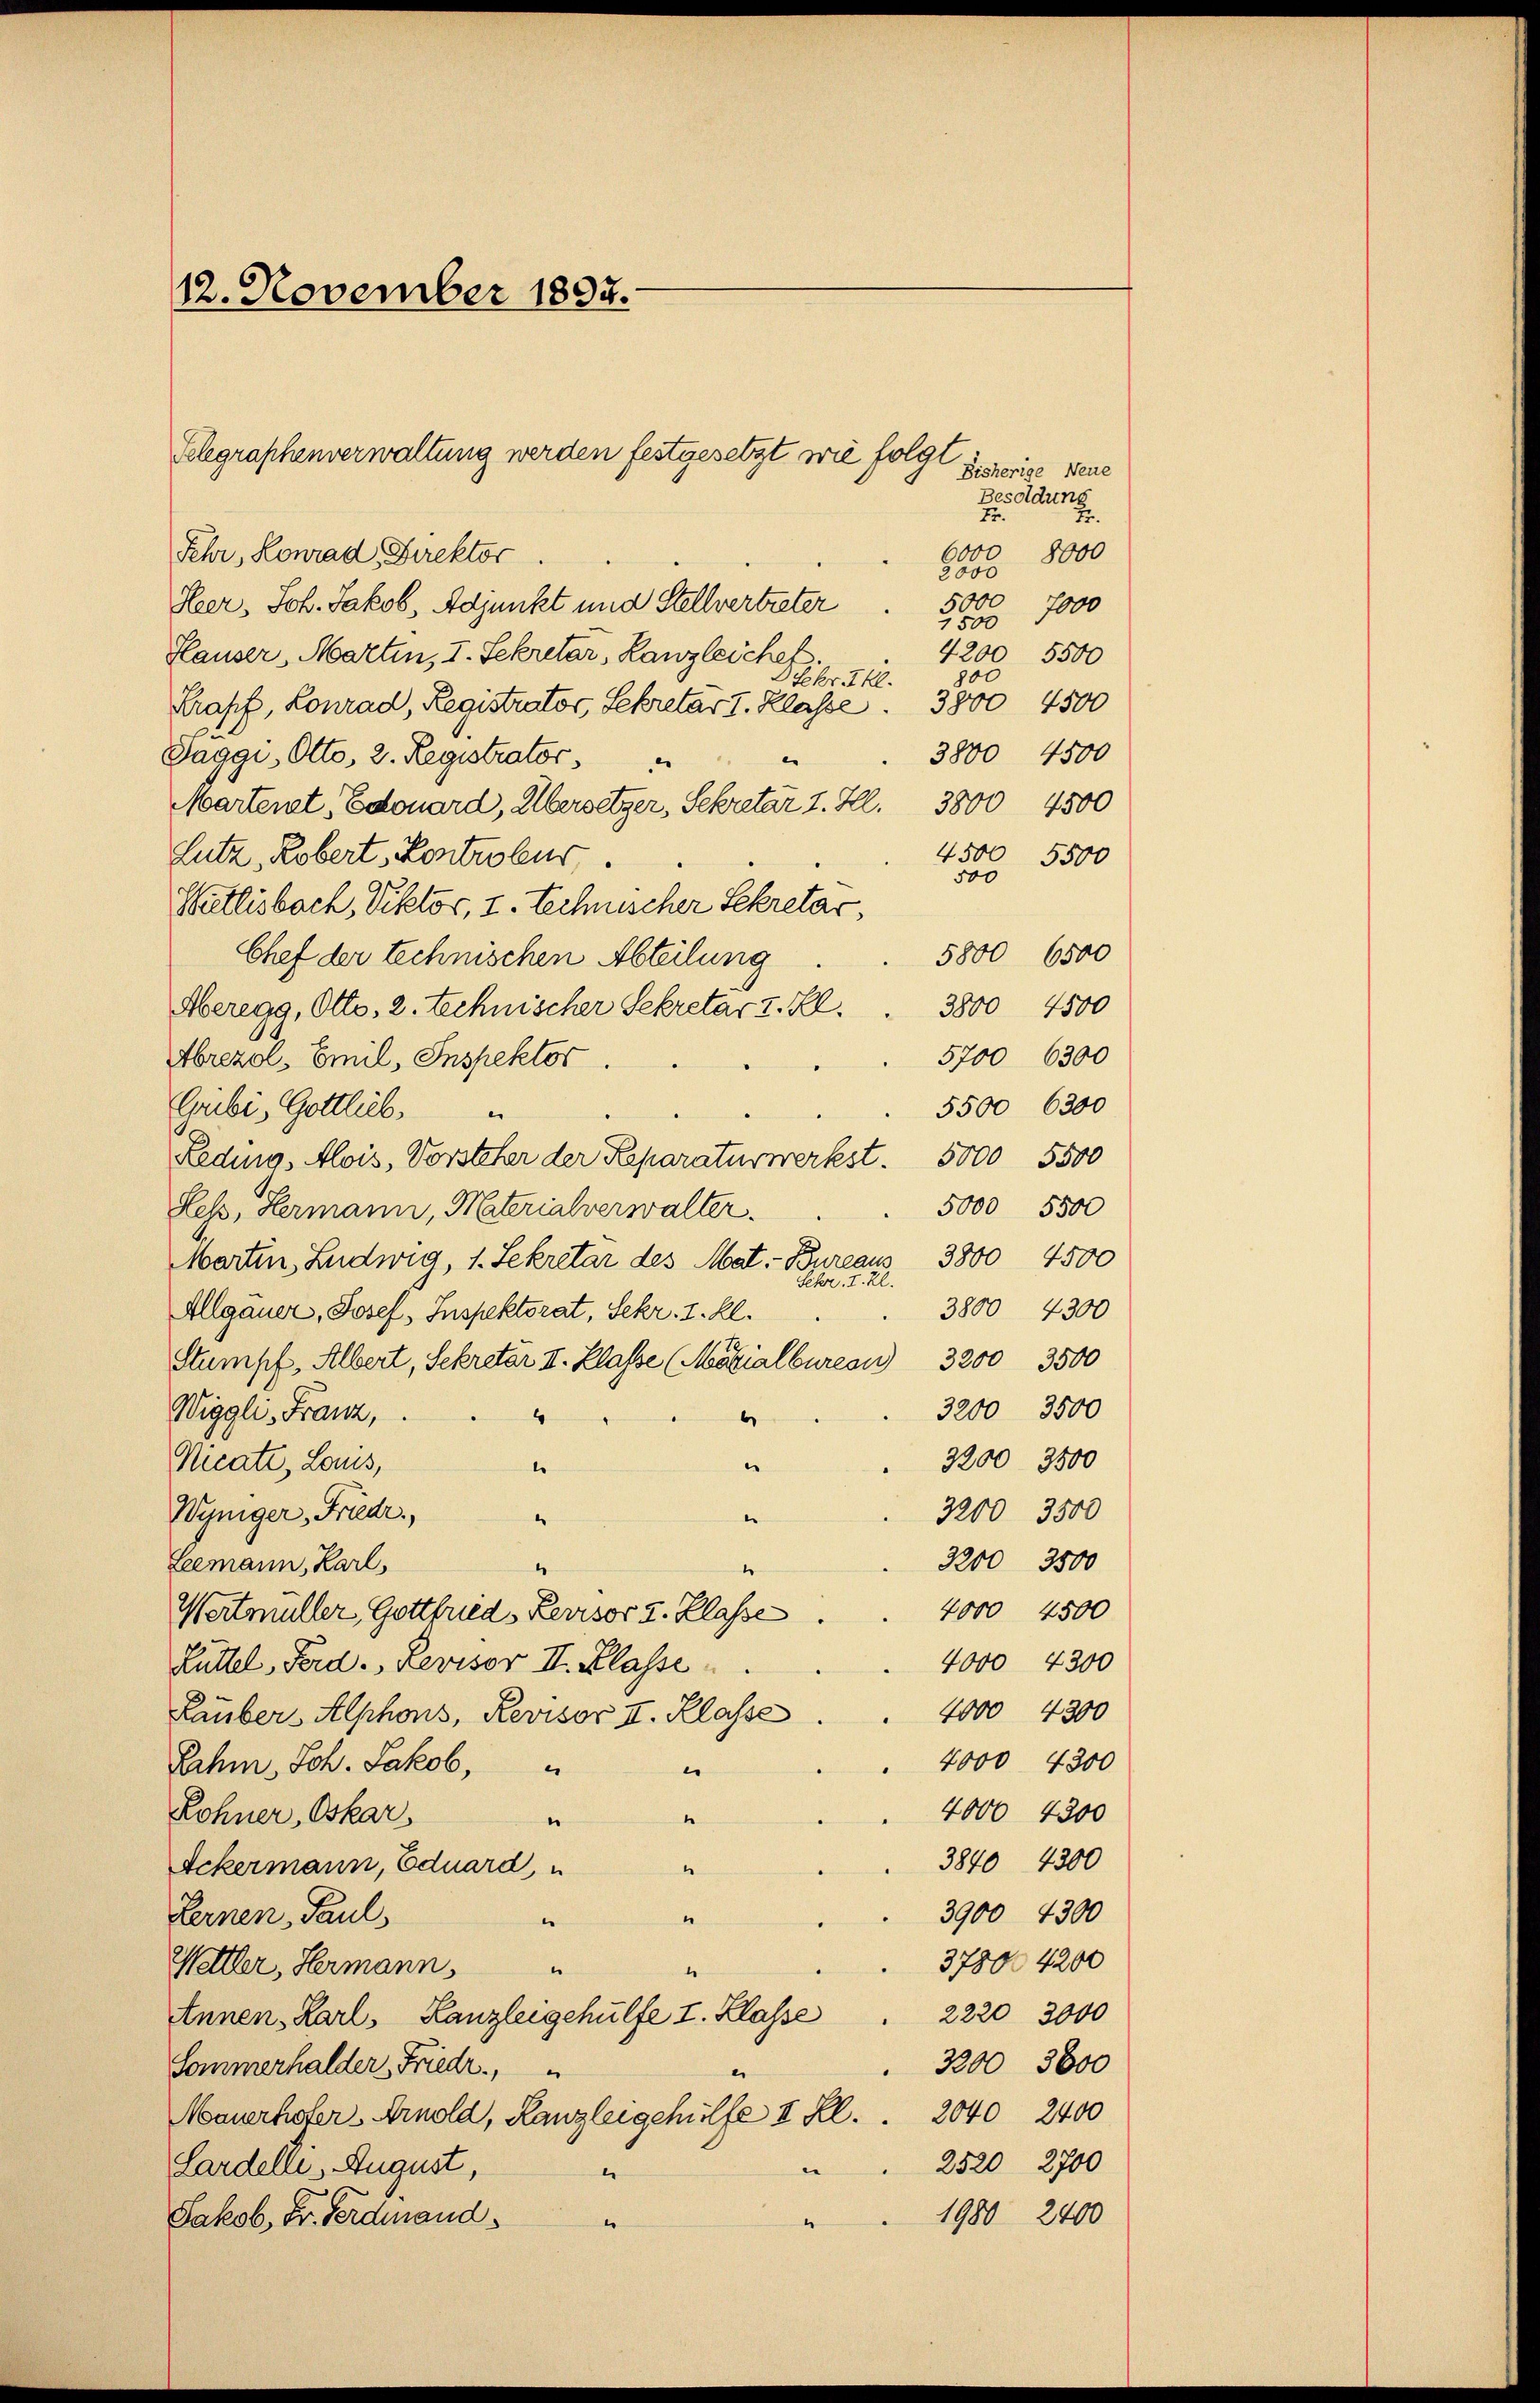
12. November 1837.

Bisherige Neue
Besoldung
Fr.
6000
8000
Fehr, Konrad Direktor
2000
5000
Heer, Joh. Jakob, Adjunkt und Stellvertreter
7000
7500
Hauser, Martin, I. Sekretär, Kanzleichet
4200 5500
p00
Dtekr. Thl.
Krapf, Konrad, Registrator, Sekretar I. Klasse . 3800 4500
3800 4500
Paggi, Otto, 2. Registrator
.
Martent, Edouard, Übersetzer, Sekretär 1. Ill. 3800 4500
4500 5500
Lutz, Robert, Kontrolus.
500
Wietlisbach, Viktor, I. Technischer Sekretär,
5800 6500
Chef der technischen Abteilung
3800 4500
Abermag, Otto, 2. technischer Sekretar I. Kl.
.
5700 6300
Abrezol, Emil, Inspektor
5500 6300
Gribi, Gottlieb,
Ledung, Alois, Vorsteher der Reparaturwerkst. 5000 5500
5000 5500
Less, Hermann, Materialverwalter.
Martin, Ludwig, 1. Sekretar des Mat.- Bureaus 3800 4500
T. 20.
hr
3800 4300
Allgäuer, Josef, Inspektorat, Sekr. I. Kl.
Stumpf, Albert, Sekretär II. Klasse (Mariale 32 3500
3200 3500
Wiggli, Franz,
4
b
3200 3500
Nicate, Lauis,
e
l
3200 3500
Wyniger, Friedr.
e
3200 3500
Leemann, Karl,
“
1
4000 4500
Wertmüller, Gottfried, Persor u. Klasse.
4000 4300
Rüttel, Ferd. Revisor II. Klasse
4000 4300
Rauber, Alphons, Revisor II. Klasse
4000 4300
Rahn, Joh. Jakob,
.
Lohner, Oskar
4000 4300
.
3840 4300
Ackermann, Eduard, u
“
3900 4300
Lernen, Paul,
u
e
378004200
Welller, Hermann,
e
1
2220 3000
Annen, Karl, Kanzleigehülfe I. Klasse
3200 3600
Sommerhalder Friedr.,
.
Mauerholer Arnold, Kanzleigehülfe II Kl. . 2040 2400
2520 2700
Lardelle. August,
e
e
1980 2400
Jakob, Dr. Ferdinand
.

Klegraphenverwaltung werden festgesetzt wie folgt
Er.